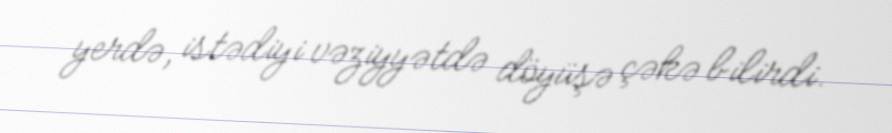
yerdə, istədiyi vəziyyətdə döyüşə çəkə bilirdi.